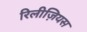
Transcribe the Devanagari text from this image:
रिलीज़ियस